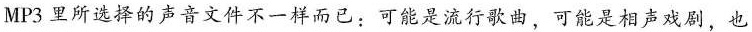
MP3里所选择的声音文件不一样而已：可能是流行歌曲，可能是相声戏剧，也